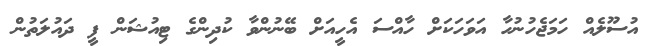
އުސޫލެއް ހަމަޖެހުނުހާ އަވަހަކަށް ހާއްސަ އެހީއަށް ބޭނުންވާ ކުދިންގެ ޓިއުޝަން ފީ ދައުލަތުން